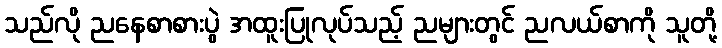
သည်လို ညနေစာစားပွဲ အထူးပြုလုပ်သည့် ညများတွင် ညလယ်စာကို သူတို့